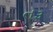
તરૂ